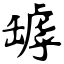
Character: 罅